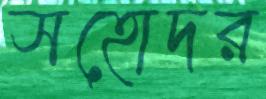
সহোদর